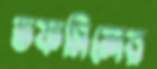
তফসিলের